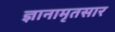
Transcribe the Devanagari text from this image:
ज्ञानामृतसार